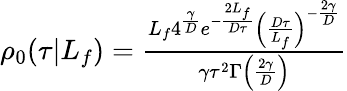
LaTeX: \begin{array}{r}{\rho_{0}(\tau|L_{f})=\frac{L_{f}4^{\frac{\gamma}{D}}e^{-\frac{2L_{f}}{D\tau}}\left(\frac{D\tau}{L_{f}}\right)^{-\frac{2\gamma}{D}}}{\gamma\tau^{2}\Gamma\left(\frac{2\gamma}{D}\right)}}\end{array}